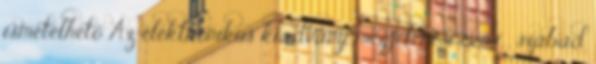
ismételhető Az elektronikus kiadvány megjelenési éve i , szabad